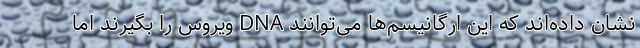
نشان داده‌اند که این ارگانیسم‌ها می‌توانند DNA ویروس را بگیرند اما